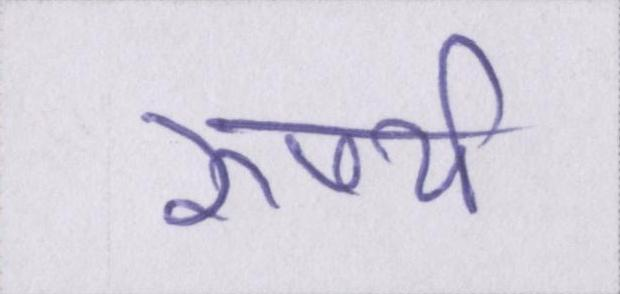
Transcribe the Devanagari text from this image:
रुपये